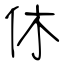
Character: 休